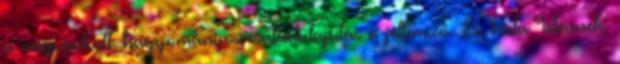
a megszokott, hagyományos családalapítás a jellemző. És, hála Istennek,